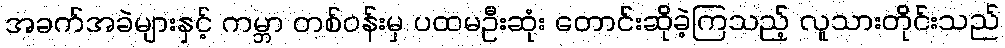
အခက်အခဲများနှင့် ကမ္ဘာ တစ်ဝန်းမှ ပထမဦးဆုံး တောင်းဆိုခဲ့ကြသည့် လူသားတိုင်းသည်